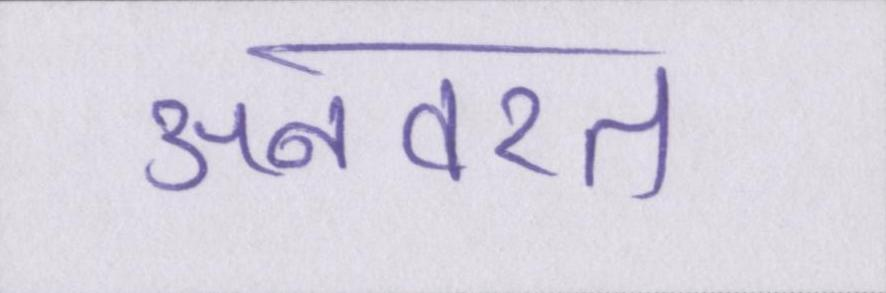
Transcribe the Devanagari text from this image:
अनवरत